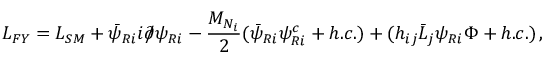
{ \cal L } _ { F Y } = { \cal L } _ { S M } + \bar { \psi } _ { R i } i \partial \! \! \! / \psi _ { R i } - \frac { M _ { N _ { i } } } { 2 } ( \bar { \psi } _ { R i } \psi _ { R i } ^ { c } + h . c . ) + ( h _ { i j } \bar { L } _ { j } \psi _ { R i } \Phi + h . c . ) \, ,